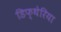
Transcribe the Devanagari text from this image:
डिफ्थेरिया